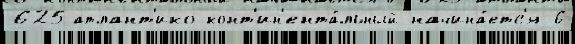
625 атлант'ико-конт'ин'ента́льный начина́етс'я 6